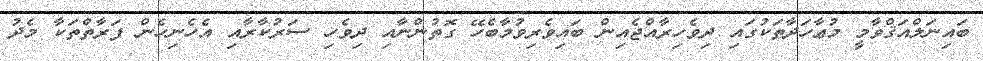
ބައިނަލްއަޤްވާމީ މުޢާހަދާތަކުގައި ދިވެހިރާއްޖެއިން ބައިވެރިވުމާބެހޭ ގޮތުންނާއި ދިވެހި ސަރުކާރާއި އެހެނިހެން ފަރާތްތަކާ މެދު